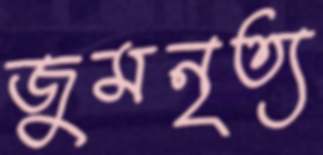
জুমনৃত্য